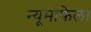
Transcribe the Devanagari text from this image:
न्यूमोफेला